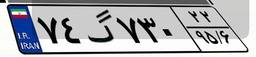
۷۴گ۷۳۰۲۲